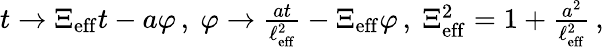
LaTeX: \begin{array}{r}{t\to\Xi_{\mathrm{eff}}t-a\varphi\, ,\ \varphi\to\frac{at}{\ell_{\mathrm{eff}}^{2}}-\Xi_{\mathrm{eff}}\varphi\, ,\ \Xi_{\mathrm{eff}}^{2}=1+\frac{a^{2}}{\ell_{\mathrm{eff}}^{2}}\, ,}\end{array}